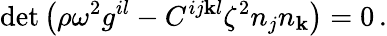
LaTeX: \operatorname*{det}\left(\rho\omega^{2}g^{il}-C^{ij\mathbf{k}l}\zeta^{2}n_{j}n_{\mathbf{k}}\right)=0\, .